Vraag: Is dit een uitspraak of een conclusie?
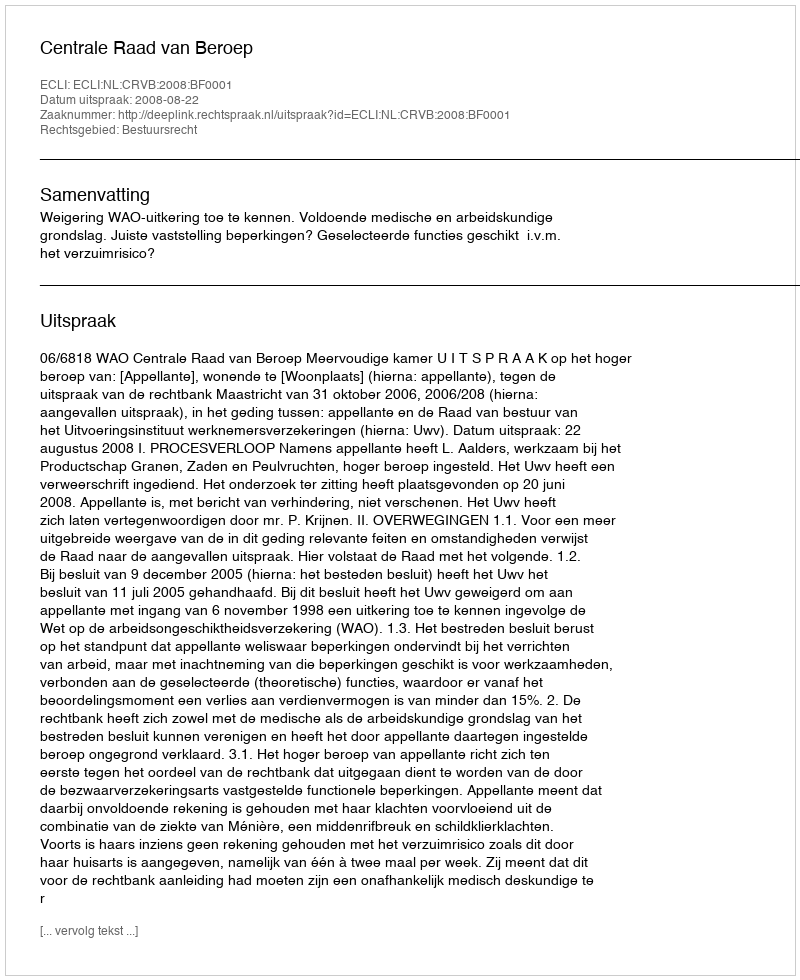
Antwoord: Uitspraak